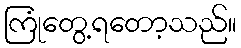
ကြုံတွေ့ရတော့သည်။